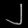
Digit: ၂